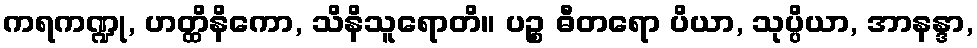
ကရကဏ္ဍု, ဟတ္ထိနိကော, သိနိသူရောတိ။ ပဉ္စ ဓီတရော ပိယာ, သုပ္ပိယာ, အာနန္ဒာ,